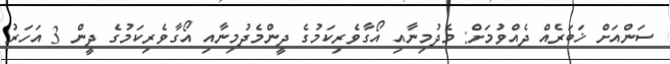
ސަންއަށް ޚަބަރެއް ދެއްވުމަށް: މެދުމިނާއި އޯގާވެރިކަމުގެ ދީންމެދުމިނާއި އޯގާވެރިކަމުގެ ދީން 3 އަހަރު